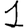
Digit: 1